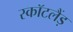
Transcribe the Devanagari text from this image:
स्कॉटलैंड़